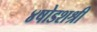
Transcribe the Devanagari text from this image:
४षोडशश्री